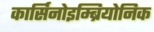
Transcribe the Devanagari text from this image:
कार्सिनोइम्ब्रियोनिक